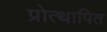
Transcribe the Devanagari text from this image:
प्रोत्थापित